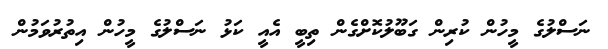
ނަސްލުގެ މީހުން ކުރިން ގަބޫލުކޮށްގެން ތިބީ އެއީ ކަޅު ނަސްލުގެ މީހުން އިތުރުވަމުން